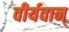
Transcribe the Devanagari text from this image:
वीर्यवान्